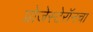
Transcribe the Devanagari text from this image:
प्रोजेस्टेरॉनचा